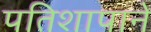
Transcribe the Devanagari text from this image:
पतिशापाने